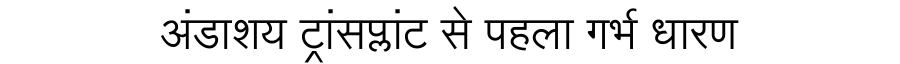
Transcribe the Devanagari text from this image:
अंडाशय ट्रांसप्लांट से पहला गर्भ धारण